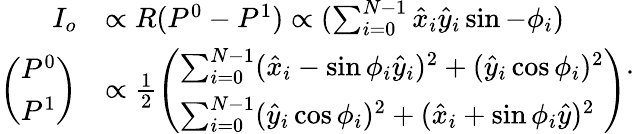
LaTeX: \begin{array}{rl}{I_{o}}&{\propto R(P^{0}-P^{1})\propto(\sum_{i=0}^{N-1}\hat{x}_{i}\hat{y}_{i}\sin-\phi_{i})}\\ {\left(\begin{array}{l}{P^{0}}\\ {P^{1}}\end{array}\right)}&{\propto\frac{1}{2}\left(\begin{array}{l}{\sum_{i=0}^{N-1}(\hat{x}_{i}-\sin\phi_{i}\hat{y}_{i})^{2}+(\hat{y}_{i}\cos\phi_{i})^{2}}\\ {\sum_{i=0}^{N-1}(\hat{y}_{i}\cos\phi_{i})^{2}+(\hat{x}_{i}+\sin\phi_{i}\hat{y})^{2}}\end{array}\right)}\end{array}.